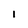
Character: l